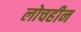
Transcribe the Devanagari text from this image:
लोचहीन